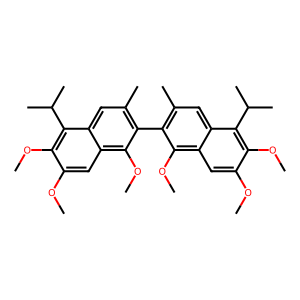
SMILES: COc1cc2c(OC)c(-c3c(C)cc4c(C(C)C)c(OC)c(OC)cc4c3OC)c(C)cc2c(C(C)C)c1OC
Inhibits HIV replication: No